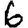
Digit: 6